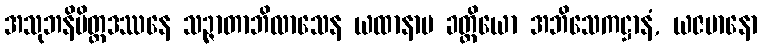
အသုဘနိမိတ္တဒဿနေ သဉ္ဇာတာဘိလာသေန ယထာနာမ ခတ္တိယော အဘိသေကဋ္ဌာနံ, ယဇမာနော